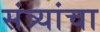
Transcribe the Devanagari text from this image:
संत्र्यांचा